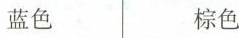
蓝色 棕色